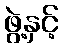
ဖွဲ့နှင့်